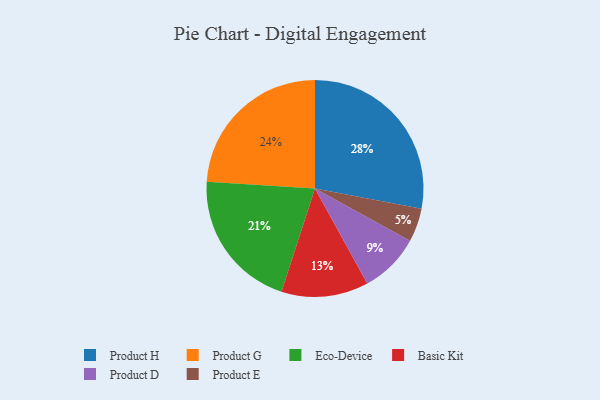
{"axis": {"x": "Category", "y": "Percentage"}, "legend": ["Basic Kit", "Eco-Device", "Product D", "Product E", "Product G", "Product H"], "data": [{"x": "Eco-Device", "y": 21, "type": "Eco-Device"}, {"x": "Product G", "y": 24, "type": "Product G"}, {"x": "Product E", "y": 5, "type": "Product E"}, {"x": "Product D", "y": 9, "type": "Product D"}, {"x": "Basic Kit", "y": 13, "type": "Basic Kit"}, {"x": "Product H", "y": 28, "type": "Product H"}]}